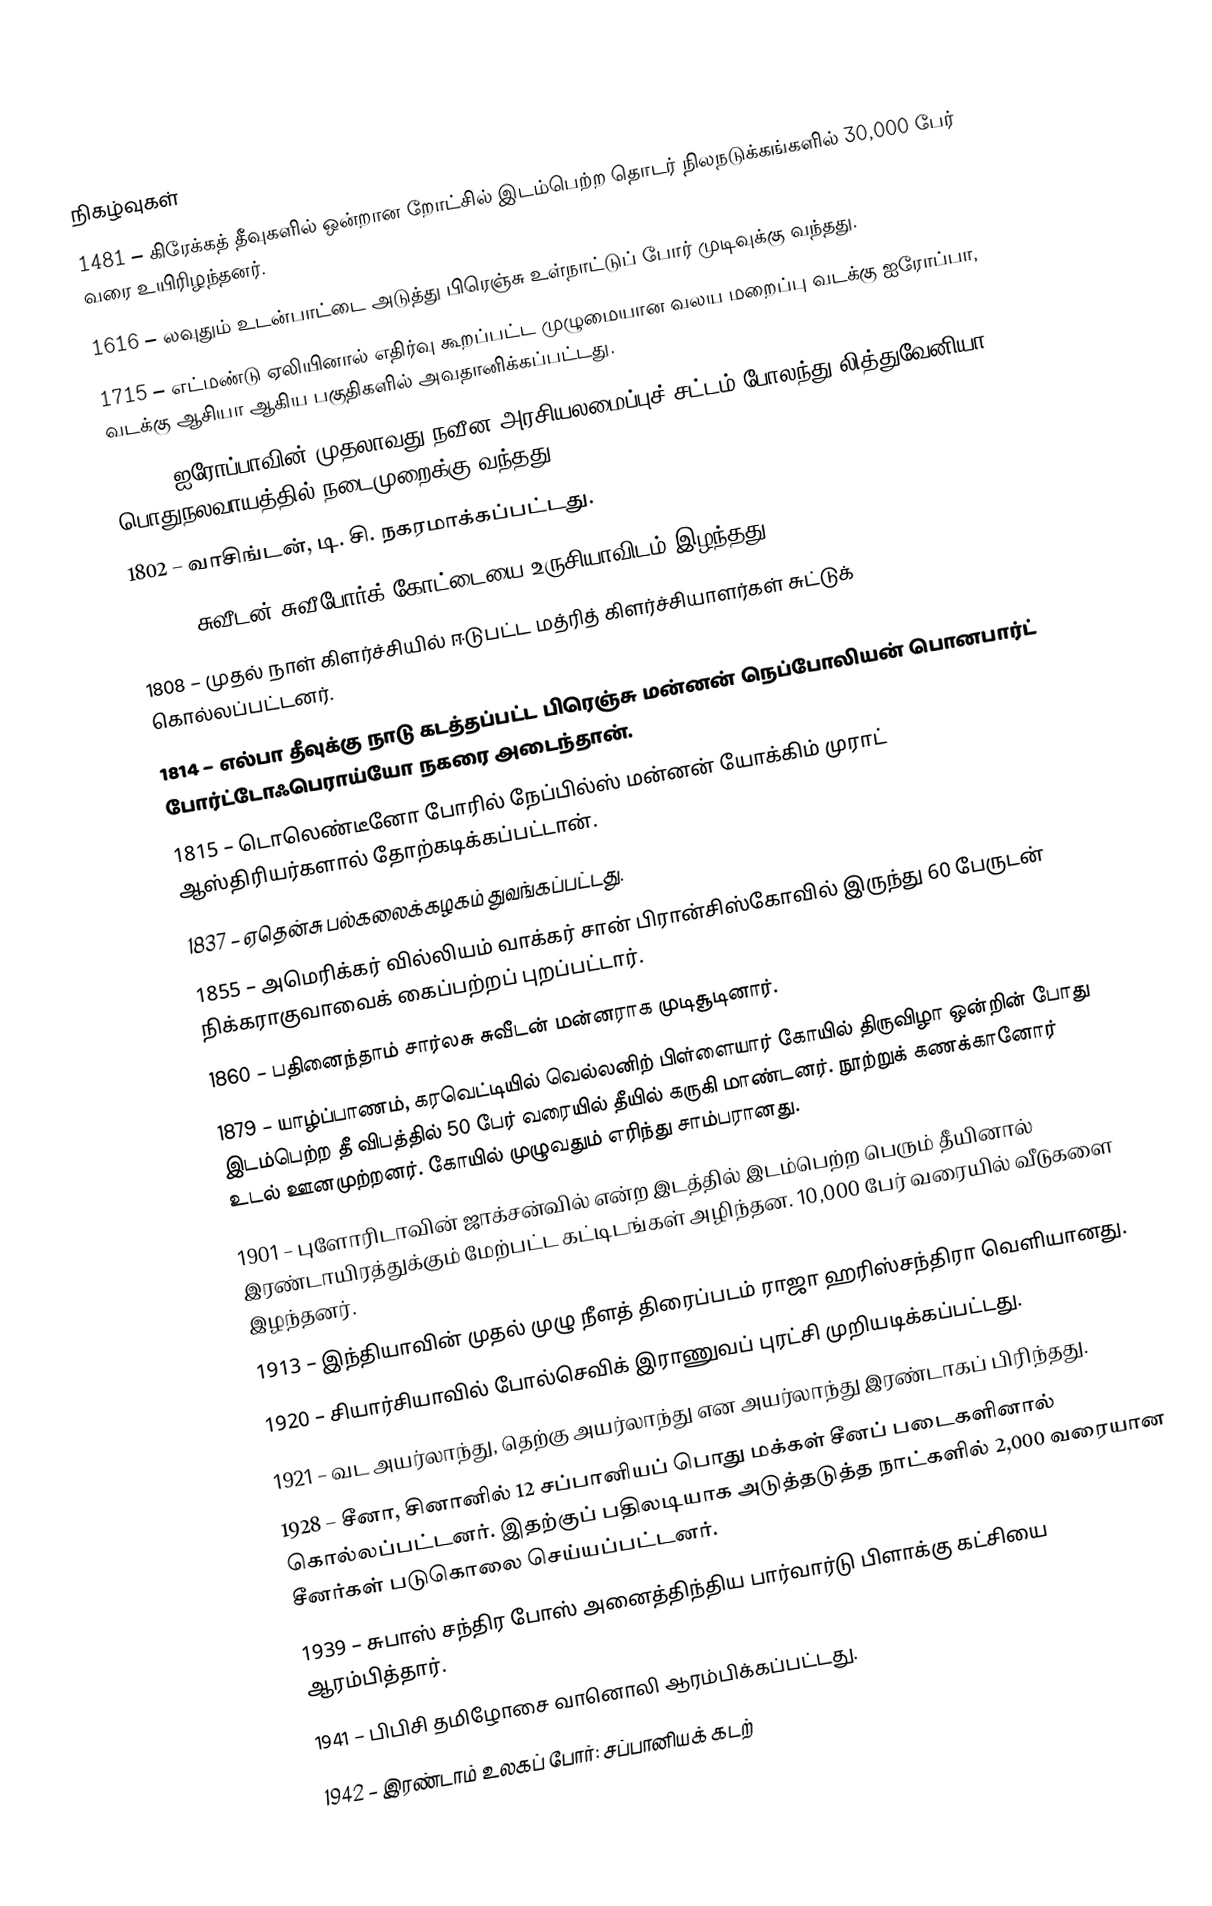

நிகழ்வுகள்
1481 – கிரேக்கத் தீவுகளில் ஒன்றான றோட்சில் இடம்பெற்ற தொடர் நிலநடுக்கங்களில் 30,000 பேர் வரை உயிரிழந்தனர்.
1616 – லவுதும் உடன்பாட்டை அடுத்து பிரெஞ்சு உள்நாட்டுப் போர் முடிவுக்கு வந்தது.
1715 – எட்மண்டு ஏலியினால் எதிர்வு கூறப்பட்ட முழுமையான வலய மறைப்பு வடக்கு ஐரோப்பா, வடக்கு ஆசியா ஆகிய பகுதிகளில் அவதானிக்கப்பட்டது.
1791 – ஐரோப்பாவின் முதலாவது நவீன அரசியலமைப்புச் சட்டம் போலந்து-லித்துவேனியா பொதுநலவாயத்தில் நடைமுறைக்கு வந்தது.
1802 – வாசிங்டன், டி. சி. நகரமாக்கப்பட்டது.
1808 – சுவீடன் சுவீபோர்க் கோட்டையை உருசியாவிடம் இழந்தது.
1808 – முதல் நாள் கிளர்ச்சியில் ஈடுபட்ட மத்ரித் கிளர்ச்சியாளர்கள் சுட்டுக் கொல்லப்பட்டனர்.
1814 – எல்பா தீவுக்கு நாடு கடத்தப்பட்ட பிரெஞ்சு மன்னன் நெப்போலியன் பொனபார்ட் போர்ட்டோஃபெராய்யோ நகரை அடைந்தான்.
1815 – டொலெண்டீனோ போரில் நேப்பில்ஸ் மன்னன் யோக்கிம் முராட் ஆஸ்திரியர்களால் தோற்கடிக்கப்பட்டான்.
1837 – ஏதென்சு பல்கலைக்கழகம் துவங்கப்பட்டது.
1855 – அமெரிக்கர் வில்லியம் வாக்கர் சான் பிரான்சிஸ்கோவில் இருந்து 60 பேருடன் நிக்கராகுவாவைக் கைப்பற்றப் புறப்பட்டார்.
1860 – பதினைந்தாம் சார்லசு சுவீடன் மன்னராக முடிசூடினார்.
1879 – யாழ்ப்பாணம், கரவெட்டியில் வெல்லனிற் பிள்ளையார் கோயில் திருவிழா ஒன்றின் போது இடம்பெற்ற தீ விபத்தில் 50 பேர் வரையில் தீயில் கருகி மாண்டனர். நூற்றுக் கணக்கானோர் உடல் ஊனமுற்றனர். கோயில் முழுவதும் எரிந்து சாம்பரானது.
1901 – புளோரிடாவின் ஜாக்சன்வில் என்ற இடத்தில் இடம்பெற்ற பெரும் தீயினால் இரண்டாயிரத்துக்கும் மேற்பட்ட கட்டிடங்கள் அழிந்தன. 10,000 பேர் வரையில் வீடுகளை இழந்தனர்.
1913 – இந்தியாவின் முதல் முழு நீளத் திரைப்படம் ராஜா ஹரிஸ்சந்திரா வெளியானது.
1920 – சியார்சியாவில் போல்செவிக் இராணுவப் புரட்சி முறியடிக்கப்பட்டது.
1921 – வட அயர்லாந்து, தெற்கு அயர்லாந்து என அயர்லாந்து இரண்டாகப் பிரிந்தது.
1928 – சீனா, சினானில் 12 சப்பானியப் பொது மக்கள் சீனப் படைகளினால் கொல்லப்பட்டனர். இதற்குப் பதிலடியாக அடுத்தடுத்த நாட்களில் 2,000 வரையான சீனர்கள் படுகொலை செய்யப்பட்டனர்.
1939 – சுபாஸ் சந்திர போஸ் அனைத்திந்திய பார்வார்டு பிளாக்கு கட்சியை ஆரம்பித்தார்.
1941 – பிபிசி தமிழோசை வானொலி ஆரம்பிக்கப்பட்டது.
1942 – இரண்டாம் உலகப் போர்: சப்பானியக் கடற்